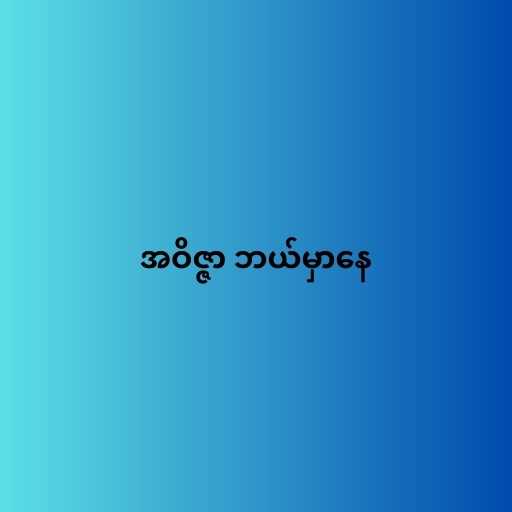
အဝိဇ္ဇာ ဘယ်မှာနေ